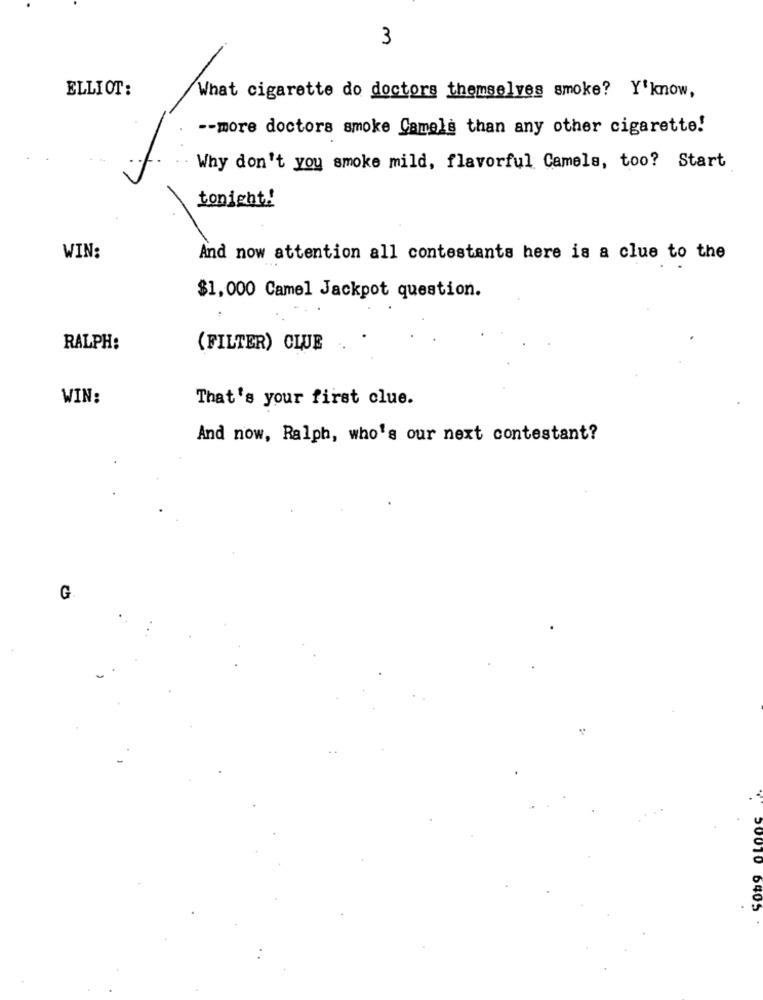
3
ELLIOT:
What cigarette do doctors themselves smoke? Y'know,
-- more doctors smoke Camels than any other cigarette!
Why don't you smoke mild, flavorful Camels, too? Start
tonight !!
WIN:
And now attention all contestants here is a clue to the
$1,000 Camel Jackpot question.
RALPH:
(FILTER) CLUB
WIN:
That's your first clue.
And now, Ralph, who's our next contestant?
G
6405